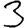
Digit: 3